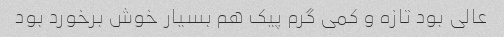
عالی بود تازه و کمی گرم پیک هم بسیار خوش برخورد بود